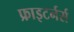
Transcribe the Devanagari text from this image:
फ्राइटर्नर्स